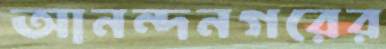
আনন্দনগরের